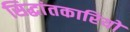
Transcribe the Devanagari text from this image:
सिद्धांतकारियों